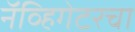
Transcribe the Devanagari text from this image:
नॅव्हिगेटरचा